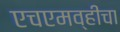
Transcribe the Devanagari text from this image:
एचएमव्हीचा